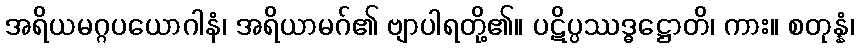
အရိယမဂ္ဂပယောဂါနံ၊ အရိယာမဂ်၏ ဗျာပါရတို့၏။ ပဋိပ္ပဿဒ္ဓဋ္ဌောတိ၊ ကား။ စတုန္နံ၊